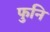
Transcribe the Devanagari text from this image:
फुनि